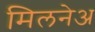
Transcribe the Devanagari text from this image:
मिलनेअ